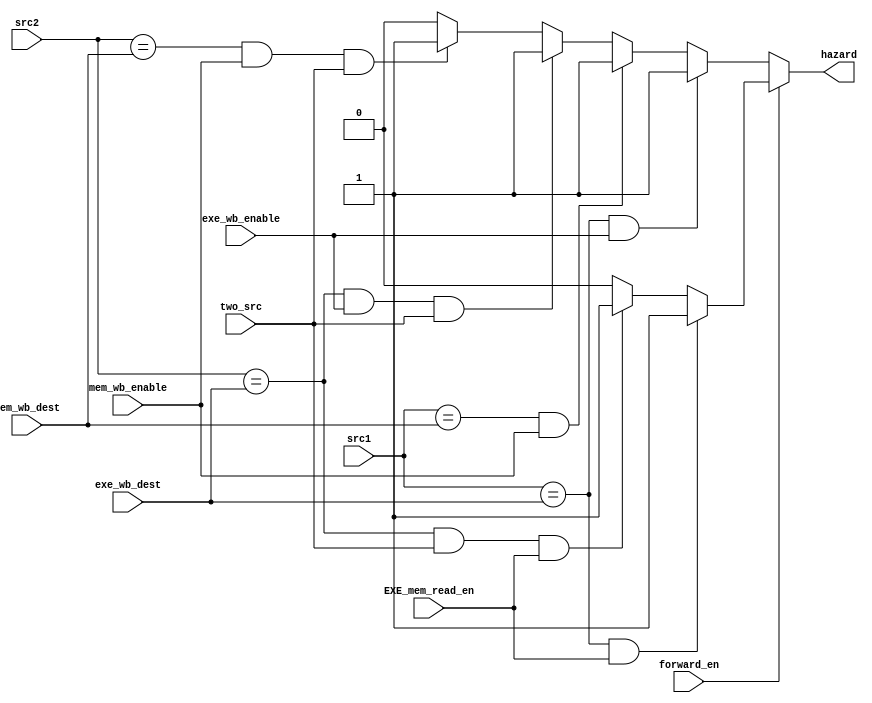
`timescale 1ns / 1ns

`define WORD_WIDTH 32
`define REG_FILE_ADDRESS_LEN 4
`define REG_FILE_SIZE 16
`define MEMORY_DATA_LEN 8
`define MEMORY_SIZE 2048
`define SIGNED_IMM_WIDTH 24
`define SHIFTER_OPERAND_WIDTH 12

`define INSTRUCTION_LEN         32
`define INSTRUCTION_MEM_SIZE    2048
`define DATA_MEM_SIZE 64

`define LSL_SHIFT 2'b00
`define LSR_SHIFT 2'b01
`define ASR_SHIFT 2'b10
`define ROR_SHIFT 2'b11

`define MODE_ARITHMETIC 2'b00
`define MODE_MEM 2'b01
`define MODE_BRANCH 2'b10

`define EX_MOV 4'b0001
`define EX_MVN 4'b1001
`define EX_ADD 4'b0010
`define EX_ADC 4'b0011
`define EX_SUB 4'b0100
`define EX_SBC 4'b0101
`define EX_AND 4'b0110
`define EX_ORR 4'b0111
`define EX_EOR 4'b1000
`define EX_CMP 4'b0100     ///1100
`define EX_TST 4'b0110     ///1110
`define EX_LDR 4'b0010     ///1010
`define EX_STR 4'b0010     ///1010

`define OP_MOV 4'b1101
`define OP_MVN 4'b1111
`define OP_ADD 4'b0100
`define OP_ADC 4'b0101
`define OP_SUB 4'b0010
`define OP_SBC 4'b0110
`define OP_AND 4'b0000
`define OP_ORR 4'b1100
`define OP_EOR 4'b0001
`define OP_CMP 4'b1010
`define OP_TST 4'b1000
`define OP_LDR 4'b0100
`define OP_STR 4'b0100

module Hazard_Detector (src1, src2, exe_wb_dest, mem_wb_dest, two_src,  exe_wb_enable, mem_wb_enable, forward_en, EXE_mem_read_en, hazard);  

    input [`REG_FILE_ADDRESS_LEN - 1:0] src1, src2;
    input [`REG_FILE_ADDRESS_LEN - 1:0] exe_wb_dest;
    input [`REG_FILE_ADDRESS_LEN - 1:0] mem_wb_dest;
    input two_src, exe_wb_enable, mem_wb_enable;
    input forward_en, EXE_mem_read_en;
    
    output reg hazard;
    always @(*)
    begin
        if (~forward_en) begin
            if ((src1 == exe_wb_dest) && (exe_wb_enable == 1'b1))
                hazard = 1'b1;
            else
            if ((src1 == mem_wb_dest) && (mem_wb_enable == 1'b1))
                hazard = 1'b1;
            else
            if ((src2 == exe_wb_dest) && (exe_wb_enable == 1'b1) && (two_src == 1'b1))
                hazard = 1'b1;            
            else
            if ((src2 == mem_wb_dest) && (mem_wb_enable == 1'b1) && (two_src == 1'b1))
                hazard = 1'b1;    
            else
                hazard = 1'b0;
        end

        else  begin
            if ((src1 == exe_wb_dest) && EXE_mem_read_en)
                hazard = 1'b1;
            else
            if ((src2 == exe_wb_dest) && (two_src == 1'b1) && EXE_mem_read_en)
                hazard = 1'b1;
            else
                hazard = 1'b0;
        end
    end

endmodule